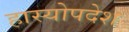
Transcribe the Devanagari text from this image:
हास्योपदेश